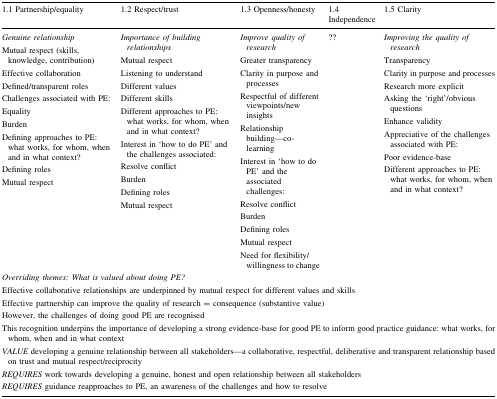
| 1.1 Partnership/equality | 1.2 Respect/trust | 1.3 Openness/honesty | 1.4 Independence | 1.5 Clarity |
 | --- | --- | --- | --- | --- |
 | Genuine relationshipMutual respect (skills, knowledge, contribution)Effective collaborationDefined/transparent rolesChallenges associated with PE:EqualityBurdenDefining approaches to PE: what works, for whom, when and in what context?Defining rolesMutual respect | Importance of building relationshipsMutual respectListening to understandDifferent valuesDifferent skillsDifferent approaches to PE: what works, for whom, when and in what context?Interest in ‘how to do PE’ and the challenges associated:Resolve conflictBurdenDefining rolesMutual respect | Improve quality of researchGreater transparencyClarity in purpose and processesRespectful of different viewpoints/new insightsRelationship building—co-learningInterest in ‘how to do PE’ and the associated challenges:Resolve conflictBurdenDefining rolesMutual respectNeed for flexibility/willingness to change | ?? | Improving the quality of researchTransparencyClarity in purpose and processesResearch more explicitAsking the ‘right’/obvious questionsEnhance validityAppreciative of the challenges associated with PE:Poor evidence-baseDifferent approaches to PE: what works, for whom, when and in what context? |
 | <COLSPAN=5> Overriding themes: What is valued about doing PE?Effective collaborative relationships are underpinned by mutual respect for different values and skillsEffective partnership can improve the quality of research = consequence (substantive value)However, the challenges of doing good PE are recognisedThis recognition underpins the importance of developing a strong evidence-base for good PE to inform good practice guidance: what works, for whom, when and in what context |
 | <COLSPAN=5> VALUE developing a genuine relationship between all stakeholders—a collaborative, respectful, deliberative and transparent relationship based on trust and mutual respect/reciprocityREQUIRES work towards developing a genuine, honest and open relationship between all stakeholdersREQUIRES guidance reapproaches to PE, an awareness of the challenges and how to resolve |